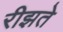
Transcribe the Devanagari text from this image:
रीझते